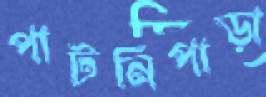
পাটনিপাড়া